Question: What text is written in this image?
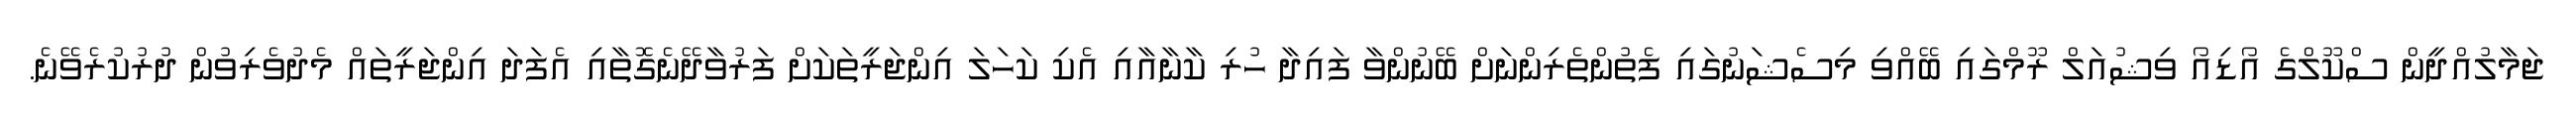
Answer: ޖަމާލުއްދީން ސްކޫލްގެ އޯޑިއޯ ވިޝުއަލް ރޫމްގައި ބޭއްވި މިސެޝަނުގައި ފެތުންތެރިންނަށް ބޭނުންވާ ފައިދާ ހުރި ކާނާއާއި އެކި ކަހަލަ އިންޖަރީތަކަށް ފަރުވާދޭނެގޮތާއި އެފަދަ އިންޖަރީތައް މެދުވެރިވުން ދުރުކުރެވޭނެ.